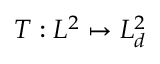
T : L ^ { 2 } \mapsto L _ { d } ^ { 2 }